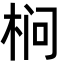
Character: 㭣